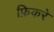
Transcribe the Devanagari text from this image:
फ़िकरे